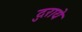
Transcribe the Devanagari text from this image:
दुराये